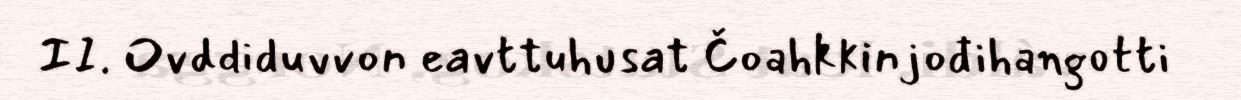
II. Ovddiduvvon eavttuhusat Čoahkkinjođihangotti